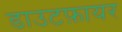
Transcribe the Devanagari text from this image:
डाउटफ़ायर